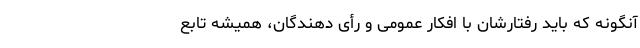
آنگونه که باید رفتارشان با افکار عمومی و رأی ‌دهندگان، همیشه تابع